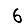
Digit: 6